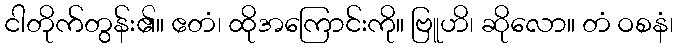
ငါတိုက်တွန်း၏။ ဧတံ၊ ထိုအကြောင်းကို။ ဗြူဟိ၊ ဆိုလော။ တံ ဝစနံ၊